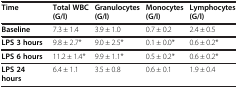
| Time | Total WBC (G/l) | Granulocytes (G/l) | Monocytes (G/l) | Lymphocytes (G/l) |
 | --- | --- | --- | --- | --- |
 | Baseline | 7.3 ± 1.4 | 3.9 ± 1.0 | 0.7 ± 0.2 | 2.4 ± 0.5 |
 | LPS 3 hours | 9.8 ± 2.7* | 9.0 ± 2.5* | 0.1 ± 0.0* | 0.6 ± 0.2* |
 | LPS 6 hours | 11.2 ± 1.4* | 9.9 ± 1.1* | 0.5 ± 0.2* | 0.6 ± 0.2* |
 | LPS 24 hours | 6.4 ± 1.1 | 3.5 ± 0.8 | 0.6 ± 0.1 | 1.9 ± 0.4 |